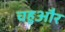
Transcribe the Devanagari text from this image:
चहुऔर